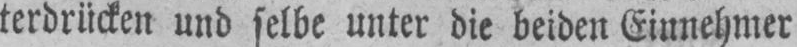
terdrücken und selbe unter die beiden Einnehmer